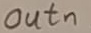
Text: outn